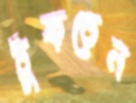
ঠুকতেন